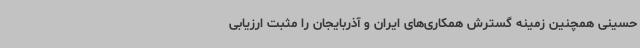
حسینی همچنین زمینه گسترش همکاری‌های ایران و آذربایجان را مثبت ارزیابی